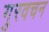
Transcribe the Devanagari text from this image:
गुरवचन